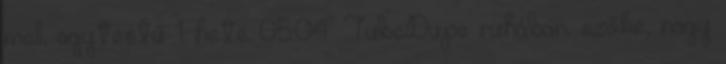
mell, agytestű 1 hete 05:04 TubeDupe ruhában, szőke, nagy